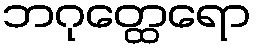
ဘဂုတ္ထေရော